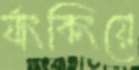
র‍্যাংকিংয়ে